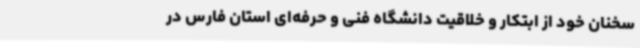
سخنان خود از ابتکار و خلاقیت دانشگاه فنی و حرفه‌ای استان فارس در